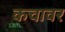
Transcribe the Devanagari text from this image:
कचावर